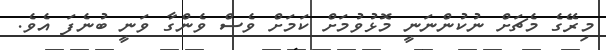
މިރޭގެ މެޗަށް ނުކުންނަނީ މޮޅުވުމަށް ކަމަށް ވެސް ވެންގާ ވަނީ ބުނެފަ އެވެ.